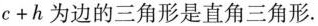
$$c+h$$为边的三角形是直角三角形.